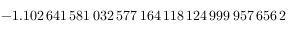
- 1 . 1 0 2 \, 6 4 1 \, 5 8 1 \, 0 3 2 \, 5 7 7 \, 1 6 4 \, 1 1 8 \, 1 2 4 \, 9 9 9 \, 9 5 7 \, 6 5 6 \, 2